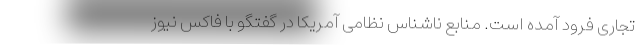
تجاری فرود آمده است. منابع ناشناس نظامی آمریکا در گفتگو با فاکس نیوز